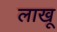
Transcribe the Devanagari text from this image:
लाखू